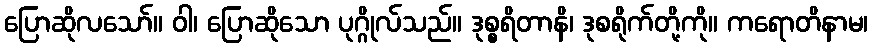
ပြောဆိုလသော်။ ဝါ၊ ပြောဆိုသော ပုဂ္ဂိုလ်သည်။ ဒုစ္စရိတာနိ၊ ဒုစရိုက်တို့ကို။ ကရောတိနာမ၊